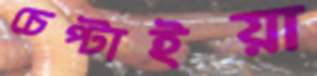
চেপ্‌টাইয়া